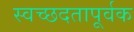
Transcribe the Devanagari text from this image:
स्वच्छदतापूर्वक